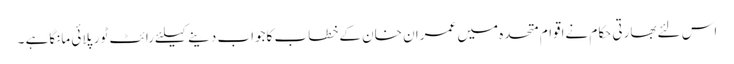
اس لئےبھارتی حکام نےاقوام متحدہ میں عمران خان کےخطاب کاجواب دینےکیلئےرائٹ ٹورپلائی مانگاہے ۔